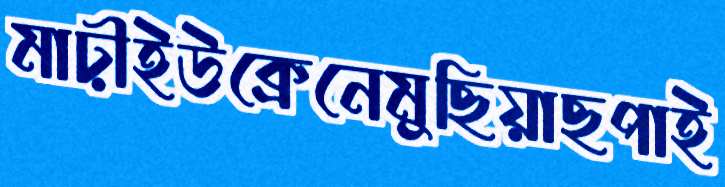
মাঢ়ীইউক্রেনেমুছিয়াছপাই